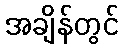
အချိန်တွင်